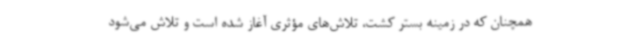
همچنان که در زمینه بستر کشت، تلاش‌های مؤثری آغاز شده است و تلاش می‌شود